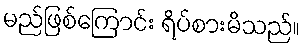
မည်ဖြစ်ကြောင်း ရိပ်စားမိသည်။